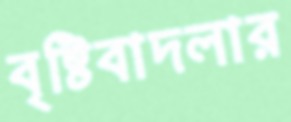
বৃষ্টিবাদলার